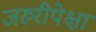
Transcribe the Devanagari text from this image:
जरुरीपेक्षा